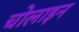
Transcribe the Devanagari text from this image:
चोलाइन